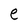
Character: e